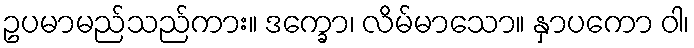
ဥပမာမည်သည်ကား။ ဒက္ခော၊ လိမ်မာသော။ နှာပကော ဝါ၊